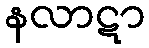
နလာဋာ